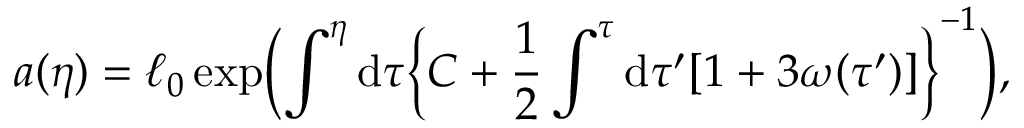
a ( \eta ) = \ell _ { 0 } \exp \biggl ( \int ^ { \eta } \mathrm { d } \tau \biggl \{ C + \frac { 1 } { 2 } \int ^ { \tau } \mathrm { d } \tau ^ { \prime } [ 1 + 3 \omega ( \tau ^ { \prime } ) ] \biggr \} ^ { - 1 } \biggr ) ,